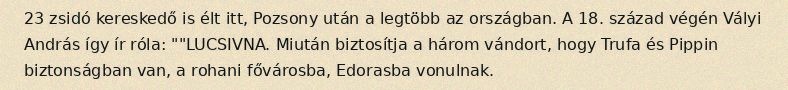
23 zsidó kereskedő is élt itt, Pozsony után a legtöbb az országban. A 18. század végén Vályi András így ír róla: ""LUCSIVNA. Miután biztosítja a három vándort, hogy Trufa és Pippin biztonságban van, a rohani fővárosba, Edorasba vonulnak.